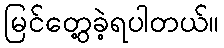
မြင်တွေ့ခဲ့ရပါတယ်။